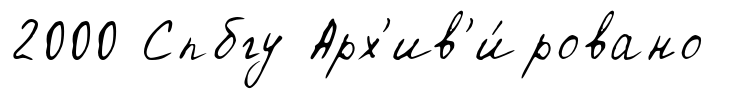
2000 Спбгу Арх'ив'и́ровано